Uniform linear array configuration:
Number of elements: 32
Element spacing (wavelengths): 0.5
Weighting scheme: uniform
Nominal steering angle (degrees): -60
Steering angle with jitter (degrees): -59.192
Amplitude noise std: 0.05
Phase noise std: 0.05

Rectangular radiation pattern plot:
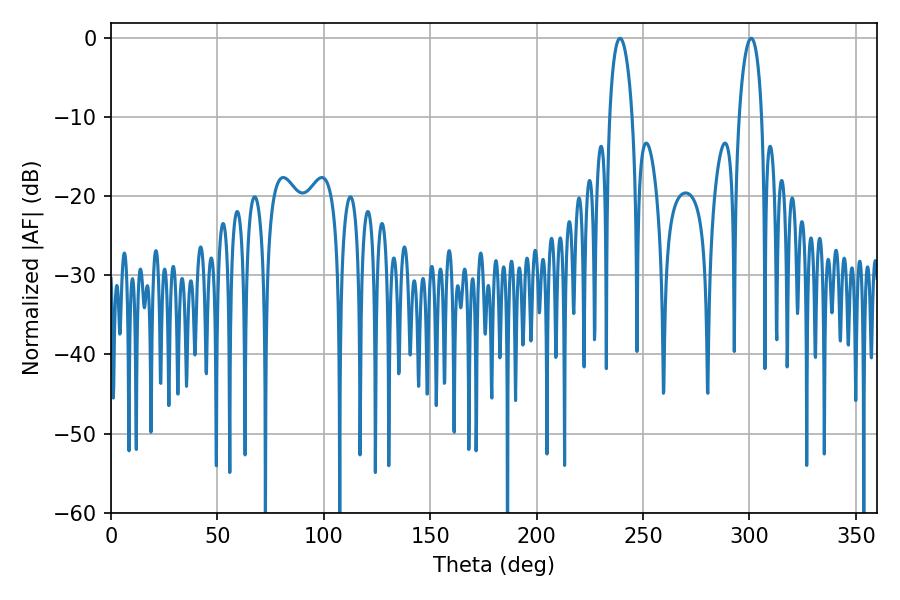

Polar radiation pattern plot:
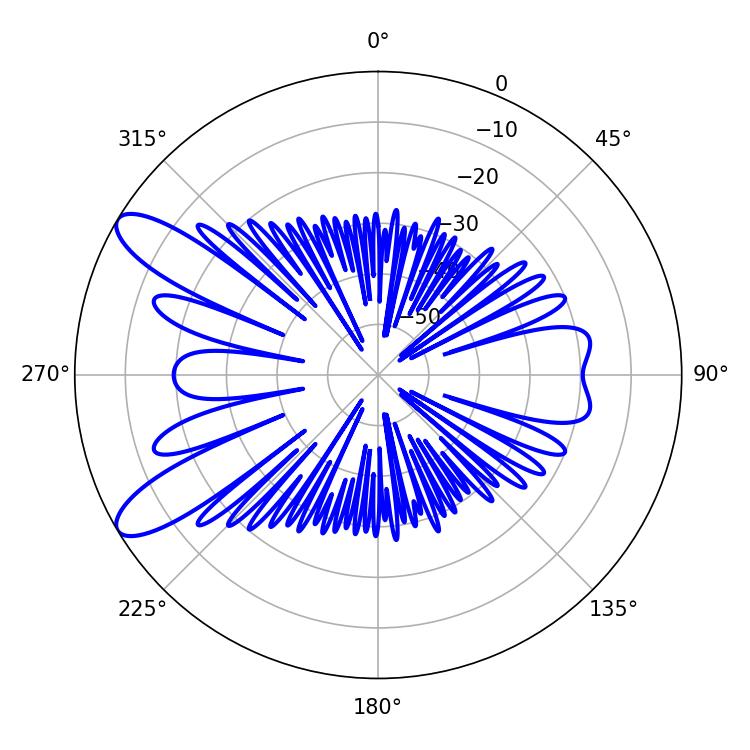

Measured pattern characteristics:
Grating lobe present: FALSE
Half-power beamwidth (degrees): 5.94
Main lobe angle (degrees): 239.22